Reports on dispensaries and lunatic asylums in the Province of Oudh - 1869-1876
Year: 1869
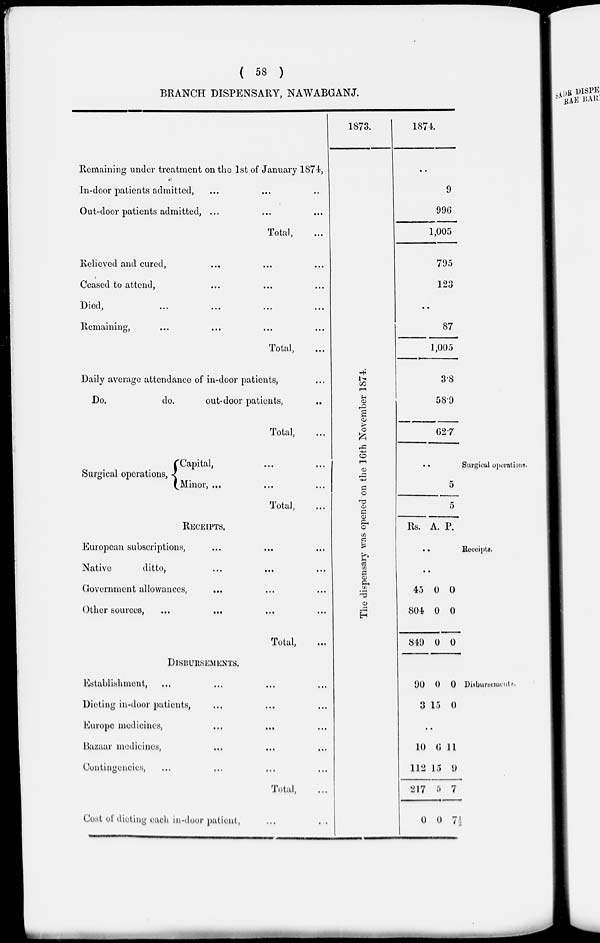
( 58 )
BRANCH DISPENSARY, NAWABGANJ.
Remaining under treatment on the 1st of January 1874,
In-door patients admitted, ... ... ...
Out-door patients admitted, ... ... ...
Total, ...
Relieved and cured, ... ... ...
Ceased to attend, ... ... ...
Died, ... ... ... ...
Remaining, ... ... ... ...
Total, ...
Daily average attendance of in-door patients, ...
Do.
do.
out-door patients, ...
Total, ...
Surgical operations,
Capital, ... ...
Minor, ... ... ...
Total, ...
RECEIPTS,
European subscriptions, ... ... ...
Native
ditto, ... ... ...
Government allowances,
... ... ...
Other sources, ... ... ... ...
Total, ...
DISBURSEMENTS.
Establishment, ... ... ... ...
Dieting in-door patients, ... ... ...
Europe medicines, ... ... ...
Bazaar medicines,
... ... ...
Contingencies, ... ... ... ...
Total, ...
Cost of dieting each in-door patient, ... ...
1873.
The dispensary was opened on the 16th November 1874.
1874.
..
9
996
1,005
795
123
..
87
1,005
3.8
58.9
62.7
..
5
5
Rs. A. P.
..
..
45
804
849
0
0
0
0
0
0
90
3
0
15
0
0
..
10
112
217
0
6
15
5
0
11
9
7
7½
Surgical operations
Receipts.
Disbursements.